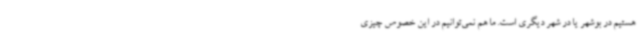
هستیم در بوشهر یا در شهر دیگری است. ما هم نمی‌توانیم در این خصوص چیزی